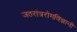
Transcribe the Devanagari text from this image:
जठरांत्ररोगविज्ञानी